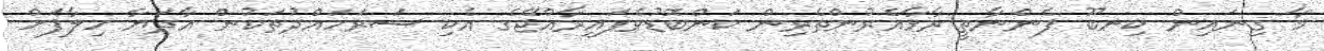
މާ ގިނައިން ކިނބޫ ފެންނާތީ ރާޅާއެރުންތެރިން ކަންބޮޑުވެފައިރާއްޖޭގެ އެކި ސަރަހައްދުތަކުން އާދަޔާ ހިލާފަށް